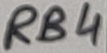
Text: RB4